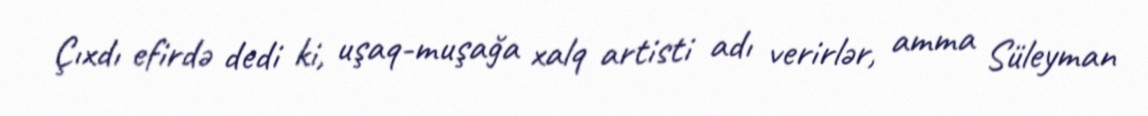
Çıxdı efirdə dedi ki, uşaq-muşağa xalq artisti adı verirlər, amma Süleyman